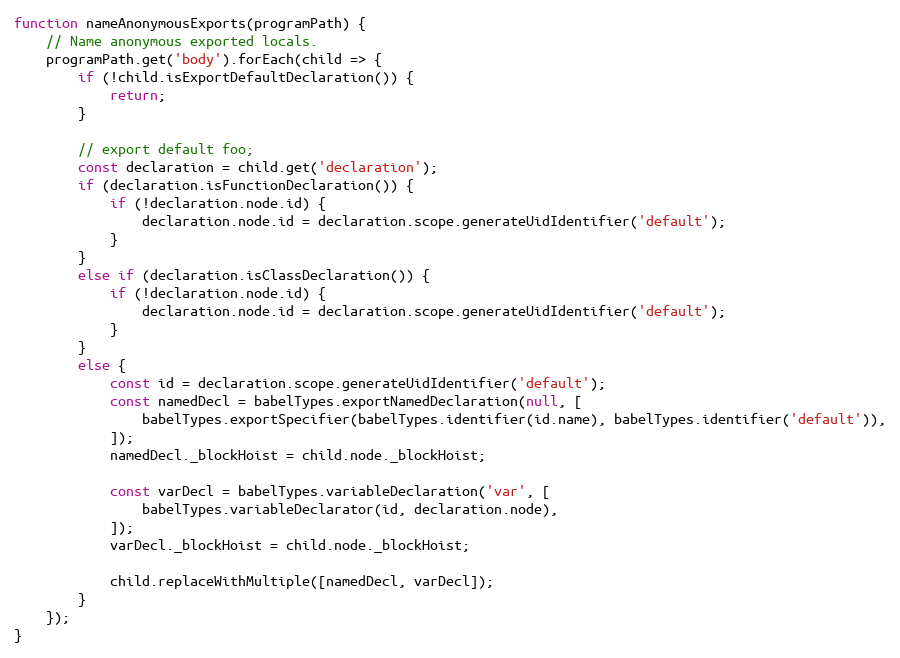
Language: JavaScript
function nameAnonymousExports(programPath) {
    // Name anonymous exported locals.
    programPath.get('body').forEach(child => {
        if (!child.isExportDefaultDeclaration()) {
            return;
        }

        // export default foo;
        const declaration = child.get('declaration');
        if (declaration.isFunctionDeclaration()) {
            if (!declaration.node.id) {
                declaration.node.id = declaration.scope.generateUidIdentifier('default');
            }
        }
        else if (declaration.isClassDeclaration()) {
            if (!declaration.node.id) {
                declaration.node.id = declaration.scope.generateUidIdentifier('default');
            }
        }
        else {
            const id = declaration.scope.generateUidIdentifier('default');
            const namedDecl = babelTypes.exportNamedDeclaration(null, [
                babelTypes.exportSpecifier(babelTypes.identifier(id.name), babelTypes.identifier('default')),
            ]);
            namedDecl._blockHoist = child.node._blockHoist;

            const varDecl = babelTypes.variableDeclaration('var', [
                babelTypes.variableDeclarator(id, declaration.node),
            ]);
            varDecl._blockHoist = child.node._blockHoist;

            child.replaceWithMultiple([namedDecl, varDecl]);
        }
    });
}